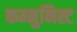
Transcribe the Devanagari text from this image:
कम्मुनिस्ट